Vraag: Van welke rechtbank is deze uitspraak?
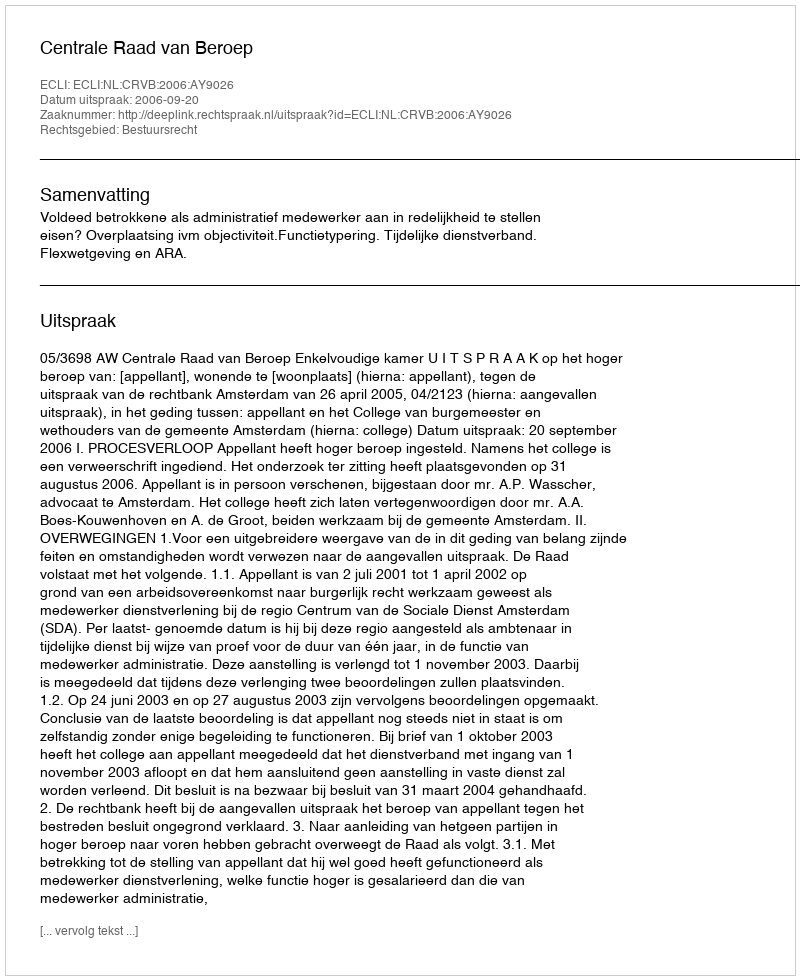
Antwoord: Centrale Raad van Beroep